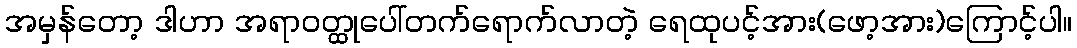
အမှန်တော့ ဒါဟာ အရာဝတ္ထုပေါ်တက်ရောက်လာတဲ့ ရေထုပင့်အား(ဖော့အား)ကြောင့်ပါ။